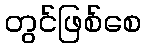
တွင်ဖြစ်စေ